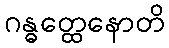
ဂန္ဓတ္ထေနောတိ